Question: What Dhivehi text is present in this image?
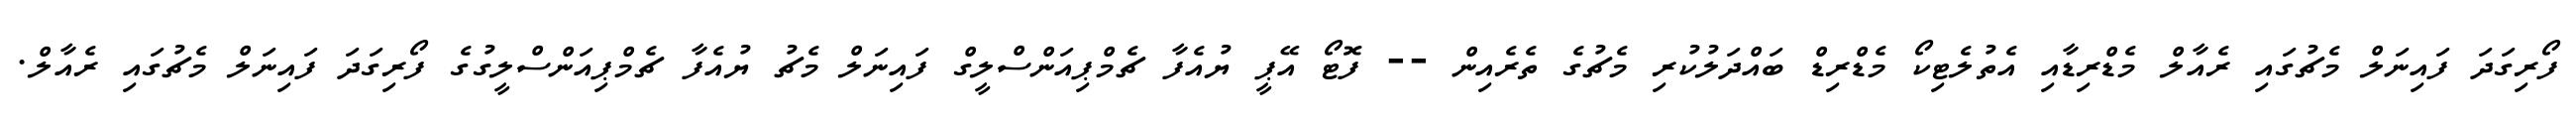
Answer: ފޯރިގަދަ ފައިނަލް މެޗުގައި ރެއާލް މެޑްރިޑާއި އެތުލެޓިކޯ މެޑްރިޑް ބައްދަލުކުރި މެޗުގެ ތެރެއިން -- ފޮޓޯ އޭޕީ ޔުއެފާ ޗެމްޕިއަންސްލީގް ފައިނަލް މެޗު ޔުއެފާ ޗެމްޕިއަންސްލީގުގެ ފޯރިގަދަ ފައިނަލް މެޗުގައި ރެއާލް.